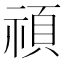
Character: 𥚴